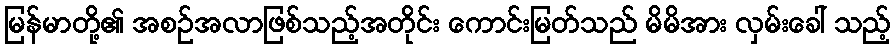
မြန်မာတို့၏ အစဉ်အလာဖြစ်သည့်အတိုင်း ကောင်းမြတ်သည် မိမိအား လှမ်းခေါ် သည့်